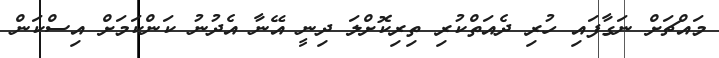
މައްޗަށް ނަގާފައި ހުރި ދެއަތްކުރި ތިރިކޮށްލަ ދިނީ އޭނާ އެދުނު ކަންކަމަށް އިސްކަން